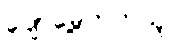
ပျော်မွေ့တတ်သူ။